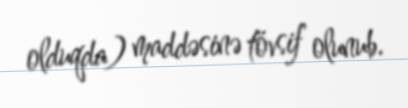
olduqda) maddəsinə tövsif olunub.